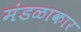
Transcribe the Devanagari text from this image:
मंडळाकार